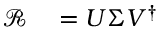
\begin{array} { r l } { \mathcal { R } } & { { } = U \Sigma V ^ { \dagger } } \end{array}